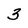
Character: 3